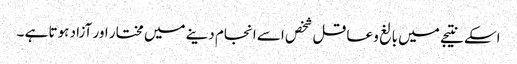
اسکے نتیجے میں بالغ و عاقل شخص اسے انجام دینے میں مختار اور آزاد ہوتا ہے ۔